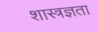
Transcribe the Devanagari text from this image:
शास्त्रज्ञता